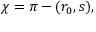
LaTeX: \chi = \pi - ( r _ { 0 } , s ) ,